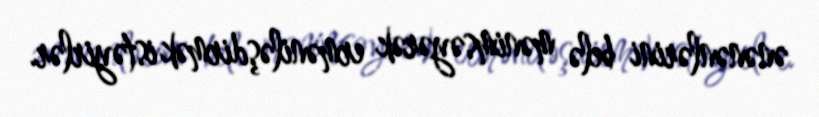
ənənənlərini belə mənimsəyərək erməniləşdirmək istəyirlər.